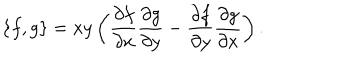
LaTeX: \{ f , g \} = x y \left( \frac { \partial f } { \partial x } \frac { \partial g } { \partial y } - \frac { \partial f } { \partial y } \frac { \partial g } { \partial x } \right) .